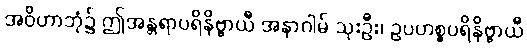
အဝိဟာဘုံ၌ ဤအန္တရာပရိနိဗ္ဗာယီ အနာဂါမ် သုးဦး၊ ဥပဟစ္စပရိနိဗ္ဗာယီ